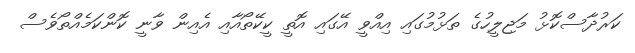
ކަރުދާސްކޮޅު މަޖިލީހުގެ ތަޅުމުގައި އިއްވީ އޭގައި އޮތީ ކީކޭތޯއާއި އެއިން ވާނީ ކޮންކަމެއްތޯވެސް